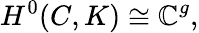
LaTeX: H^{0}(C,K)\cong\mathbb{C}^{g},